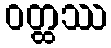
ဝတ္ထဿ